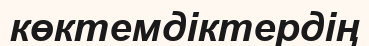
көктемдіктердің